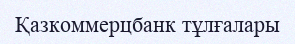
Қазкоммерцбанк тұлғалары